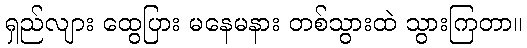
ရှည်လျား ထွေပြား မနေမနား တစ်သွားထဲ သွားကြတာ။